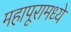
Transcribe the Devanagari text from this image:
महापूरामध्ये